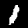
Label: 1